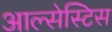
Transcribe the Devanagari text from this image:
आल्सेस्टिस